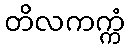
တိလကက္ကံ